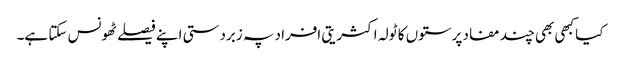
کیا کبھی بھی چند مفاد پرستوں کا ٹولہ اکثریتی افراد پہ زبردستی اپنے فیصلے ٹھونس سکتا ہے۔